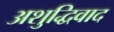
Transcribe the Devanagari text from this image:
अशुद्धिवाद